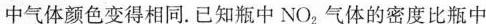
中气体颜色变得相同.已知瓶中NO_{2}气体的密度比瓶中